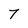
Character: 7